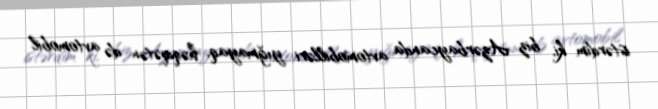
istərdim ki, biz Azərbaycanda avtomobilləri yığmayaq, həqiqətən də avtomobil